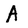
Character: A